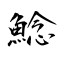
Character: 鯰